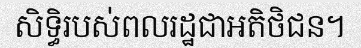
សិទ្ធិរបស់ពលរដ្ឋជាអតិថិជន។